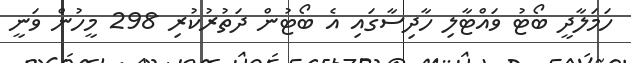
ހަމަލާދީ ބޯޓު ވައްޓާލި ހާދިސާގައި އެ ބޯޓުން ދަތުރުކުރި 298 މީހުން ވަނީ